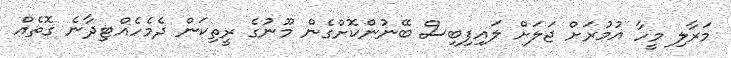
މަރާލި މީހާ އުމުރަށް ޖަލަށް ލައިފިބިސް ބޭނުންކޮށްގެން މޫނުގެ ރީތިކަން ދެމެހެއްޓިދާނެ ގޮތެއް